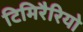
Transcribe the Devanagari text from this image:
टिमिरैरियो